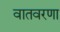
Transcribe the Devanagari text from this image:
वातवरणा